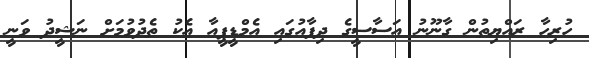
ހުރިހާ ރައްޔިތުން ގާނޫނު އަސާސީގެ ދިފާއުގައި އެމްޑީޕީއާ އެކު ތެދުވުމަށް ނަޝީދު ވަނީ